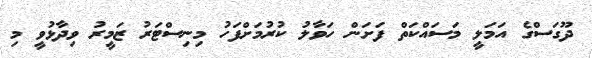
ދޫގަސްގެ އަމަލީ މަސައްކަތް ފަށަން ހަވާލު ކުރުމަށްފަހު މިނިސްޓަރު ޒަމީރު ވިދާޅުވީ މި